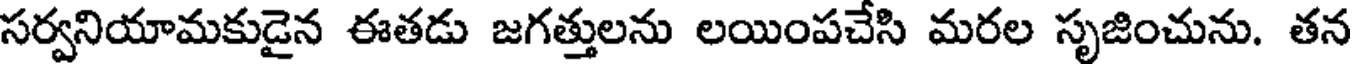
సర్వనియామకుడైన ఈతడు జగత్తులను లయింపచేసి మరల సృజించును. తన